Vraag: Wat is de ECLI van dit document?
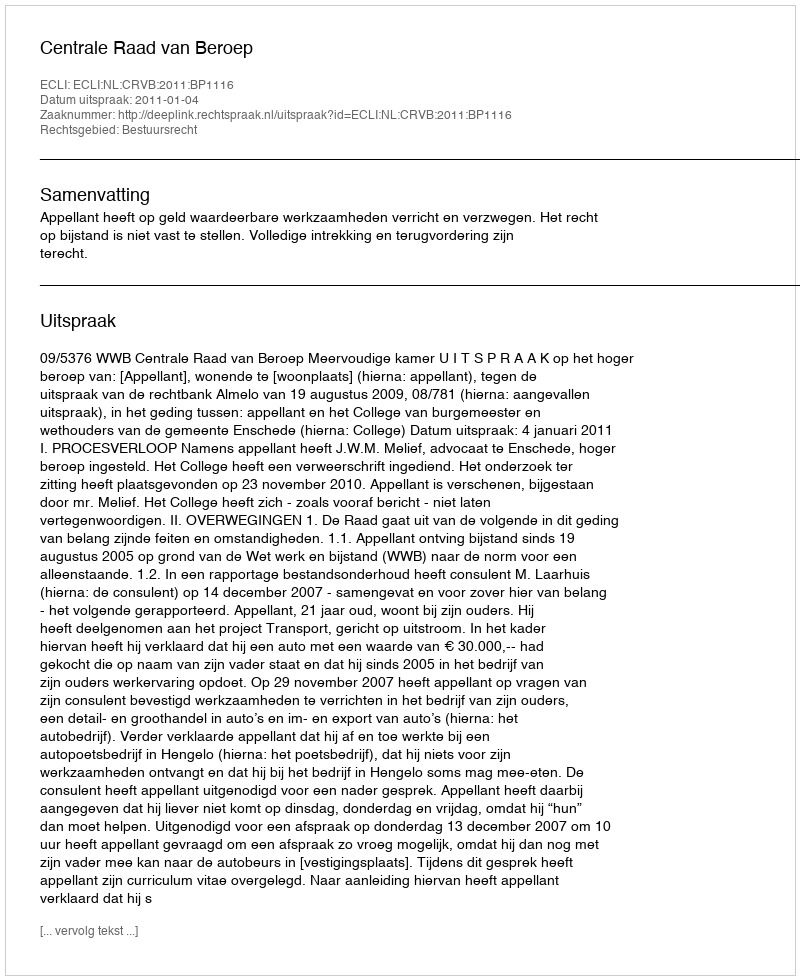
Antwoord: ECLI:NL:CRVB:2011:BP1116